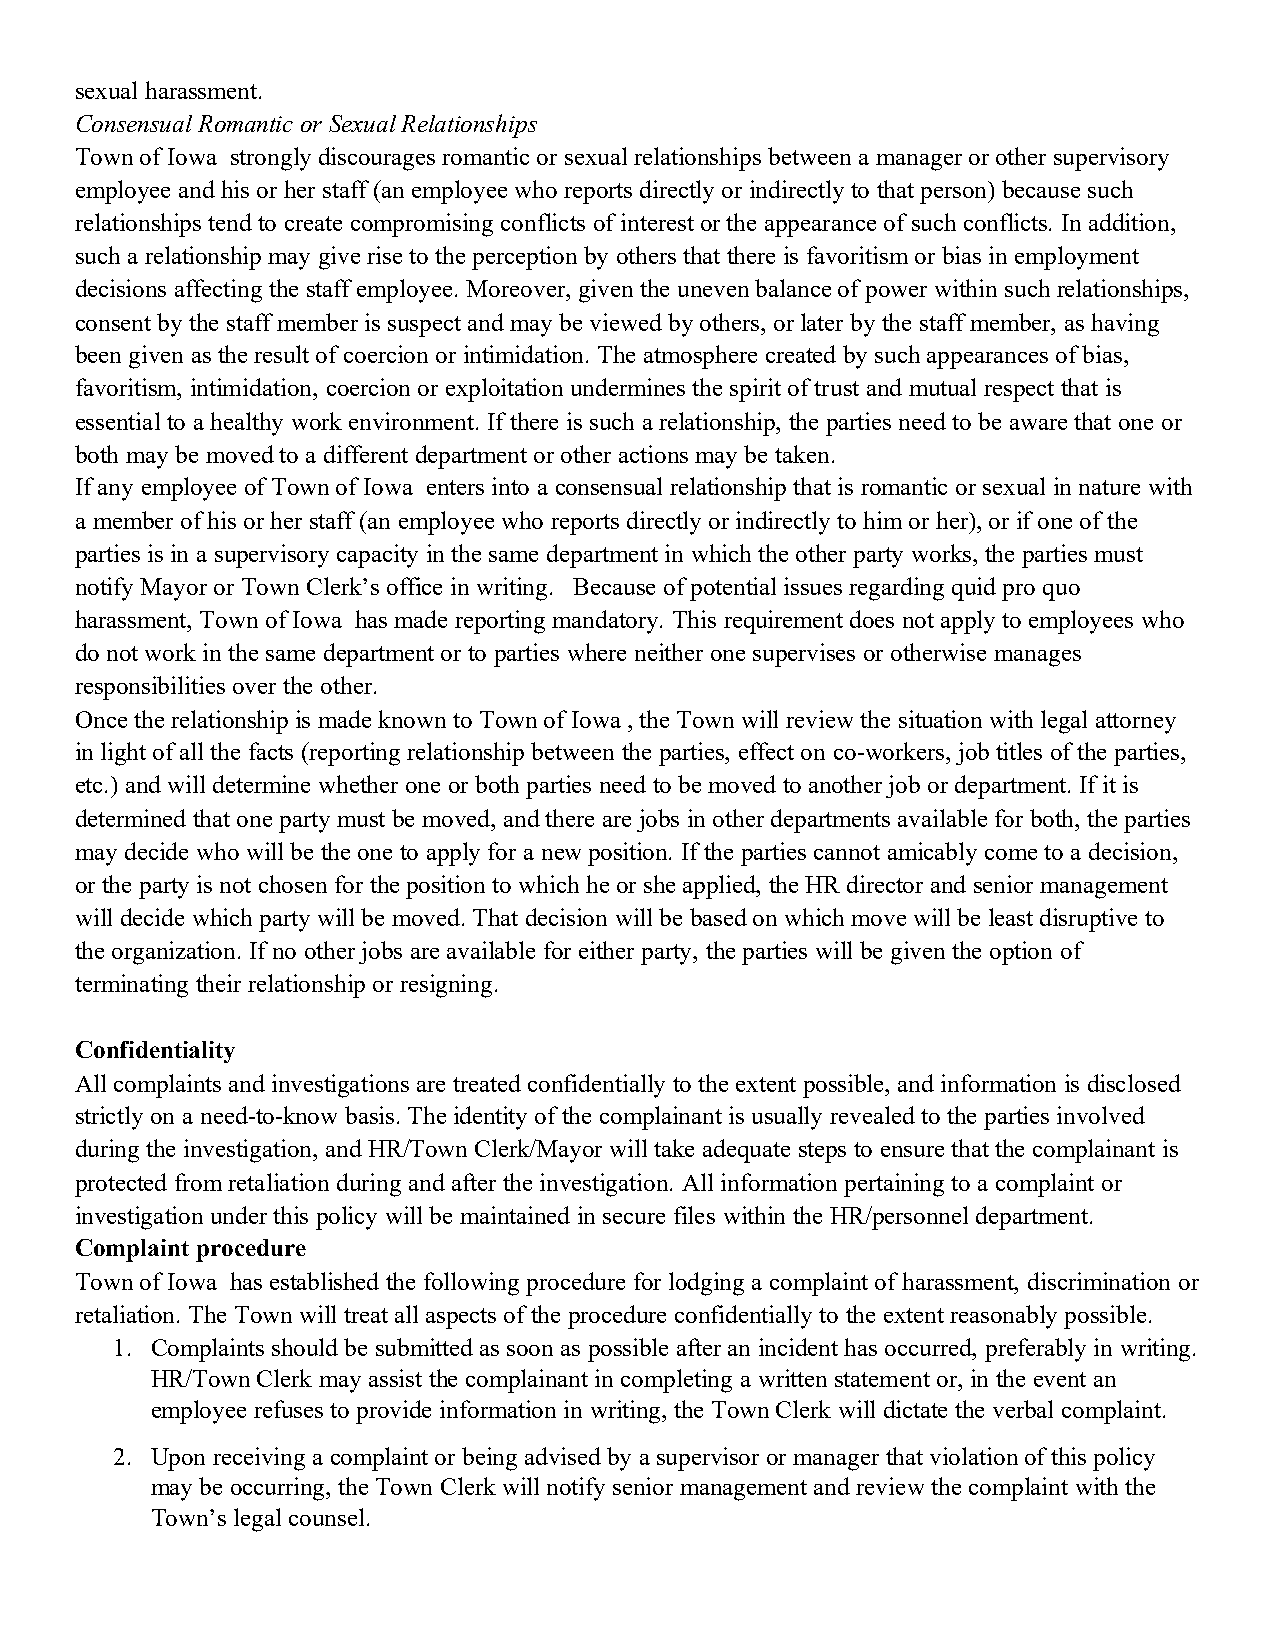
sexual harassment.
 Consensual Romantic or Sexual Relationships
 Town of Iowa strongly discourages romantic or sexual relationships between a manager or other supervisory
 employee and his or her staff (an employee who reports directly or indirectly to that person) because such
 relationships tend to create compromising conflicts of interest or the appearance of such conflicts. In addition,
 such a relationship may give rise to the perception by others that there is favoritism or bias in employment
 decisions affecting the staff employee. Moreover, given the uneven balance of power within such relationships,
 consent by the staff member is suspect and may be viewed by others, or later by the staff member, as having
 been given as the result of coercion or intimidation. The atmosphere created by such appearances of bias,
 favoritism, intimidation, coercion or exploitation undermines the spirit of trust and mutual respect that is
 essential to a healthy work environment. If there is such a relationship, the parties need to be aware that one or
 both may be moved to a different department or other actions may be taken.
 If any employee of Town of Iowa enters into a consensual relationship that is romantic or sexual in nature with
 a member of his or her staff (an employee who reports directly or indirectly to him or her), or if one of the
 parties is in a supervisory capacity in the same department in which the other party works, the parties must
 notify Mayor or Town Clerk’s office in writing. Because of potential issues regarding quid pro quo
 harassment, Town of Iowa has made reporting mandatory. This requirement does not apply to employees who
 do not work in the same department or to parties where neither one supervises or otherwise manages
 responsibilities over the other.
 Once the relationship is made known to Town of Iowa , the Town will review the situation with legal attorney
 in light of all the facts (reporting relationship between the parties, effect on co-workers, job titles of the parties,
 etc.) and will determine whether one or both parties need to be moved to another job or department. If it is
 determined that one party must be moved, and there are jobs in other departments available for both, the parties
 may decide who will be the one to apply for a new position. If the parties cannot amicably come to a decision,
 or the party is not chosen for the position to which he or she applied, the HR director and senior management
 will decide which party will be moved. That decision will be based on which move will be least disruptive to
 the organization. If no other jobs are available for either party, the parties will be given the option of
 terminating their relationship or resigning.
 Confidentiality
 All complaints and investigations are treated confidentially to the extent possible, and information is disclosed
 strictly on a need-to-know basis. The identity of the complainant is usually revealed to the parties involved
 during the investigation, and HR/Town Clerk/Mayor will take adequate steps to ensure that the complainant is
 protected from retaliation during and after the investigation. All information pertaining to a complaint or
 investigation under this policy will be maintained in secure files within the HR/personnel department.
 Complaint procedure
 Town of Iowa has established the following procedure for lodging a complaint of harassment, discrimination or
 retaliation. The Town will treat all aspects of the procedure confidentially to the extent reasonably possible.
 1. Complaints should be submitted as soon as possible after an incident has occurred, preferably in writing.
 HR/Town Clerk may assist the complainant in completing a written statement or, in the event an
 employee refuses to provide information in writing, the Town Clerk will dictate the verbal complaint.
 2. Upon receiving a complaint or being advised by a supervisor or manager that violation of this policy
 may be occurring, the Town Clerk will notify senior management and review the complaint with the
 Town’s legal counsel.